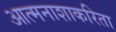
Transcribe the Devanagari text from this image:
आत्मनाशाकरिता